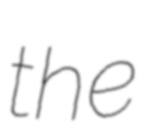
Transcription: the